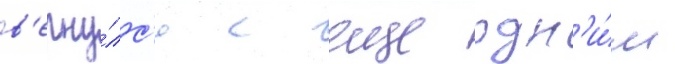
в'ерну́лс'я с еще одн'и́м